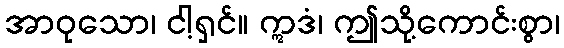
အာဝုသော၊ ငါ့ရှင်။ ဣဒံ၊ ဤသို့ကောင်းစွာ၊